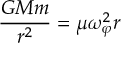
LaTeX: { \frac { G M m } { r ^ { 2 } } } = \mu \omega _ { \varphi } ^ { 2 } r